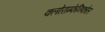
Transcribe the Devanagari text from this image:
क्लोराम्फेनिकोल